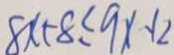
8 x + 8 \leq 9 x + 2